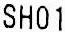
SH01